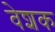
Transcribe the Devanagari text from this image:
वेशक